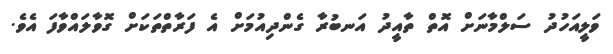
ވަލީއަހުދު ސަލްމާނަށް އޮތް ތާއީދު އަނބުރާ ގެންދިއުމަށް އެ ފަރާތްތަކަށް ގޮވާލައްވާފަ އެވެ.